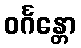
ဝင်္ဂန္တော